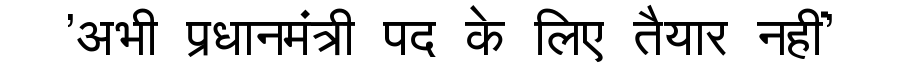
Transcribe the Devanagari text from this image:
'अभी प्रधानमंत्री पद के लिए तैयार नहीं'